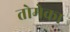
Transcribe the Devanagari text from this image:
तोमेका